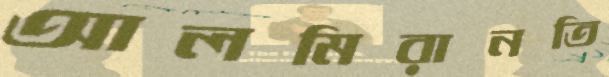
আলমিরানতি